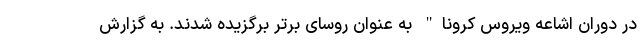
در دوران اشاعه ویروس کرونا" به عنوان روسای برتر برگزیده شدند. به گزارش